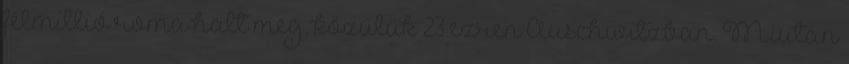
félmillió roma halt meg, közülük 23 ezren Auschwitzban. Miután